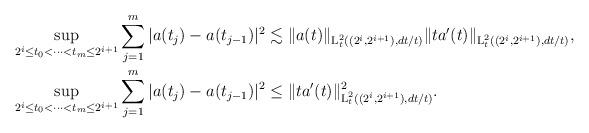
LaTeX: \begin{align*}& \sup_{2^i\leq t_0<\cdots<t_m\leq 2^{i+1}}\sum_{j=1}^m |a(t_{j})-a(t_{j-1})|^2 \lesssim \|a(t)\|_{\textup{L}_t^2((2^i,2^{i+1}),dt/t)} \|ta'(t)\|_{\textup{L}_t^2((2^i, 2^{i+1}),dt/t)},\\& \sup_{2^i\leq t_0<\cdots<t_m\leq 2^{i+1}}\sum_{j=1}^m |a(t_{j})-a(t_{j-1})|^2 \leq \|ta'(t)\|^2_{\textup{L}_t^2((2^i,2^{i+1}),dt/t)}.\end{align*}